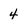
Character: 4